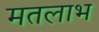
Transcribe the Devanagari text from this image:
मतलाभ